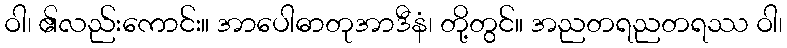
ဝါ၊ ၏လည်းကောင်း။ အာပေါဓာတုအာဒီနံ၊ တို့တွင်။ အညတရညတရဿ ဝါ၊